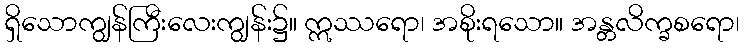
ရှိသောကျွန်ကြီးလေးကျွန်း၌။ ဣဿရော၊ အစိုးရသော။ အန္တလိက္ခစရော၊